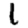
Digit: 1